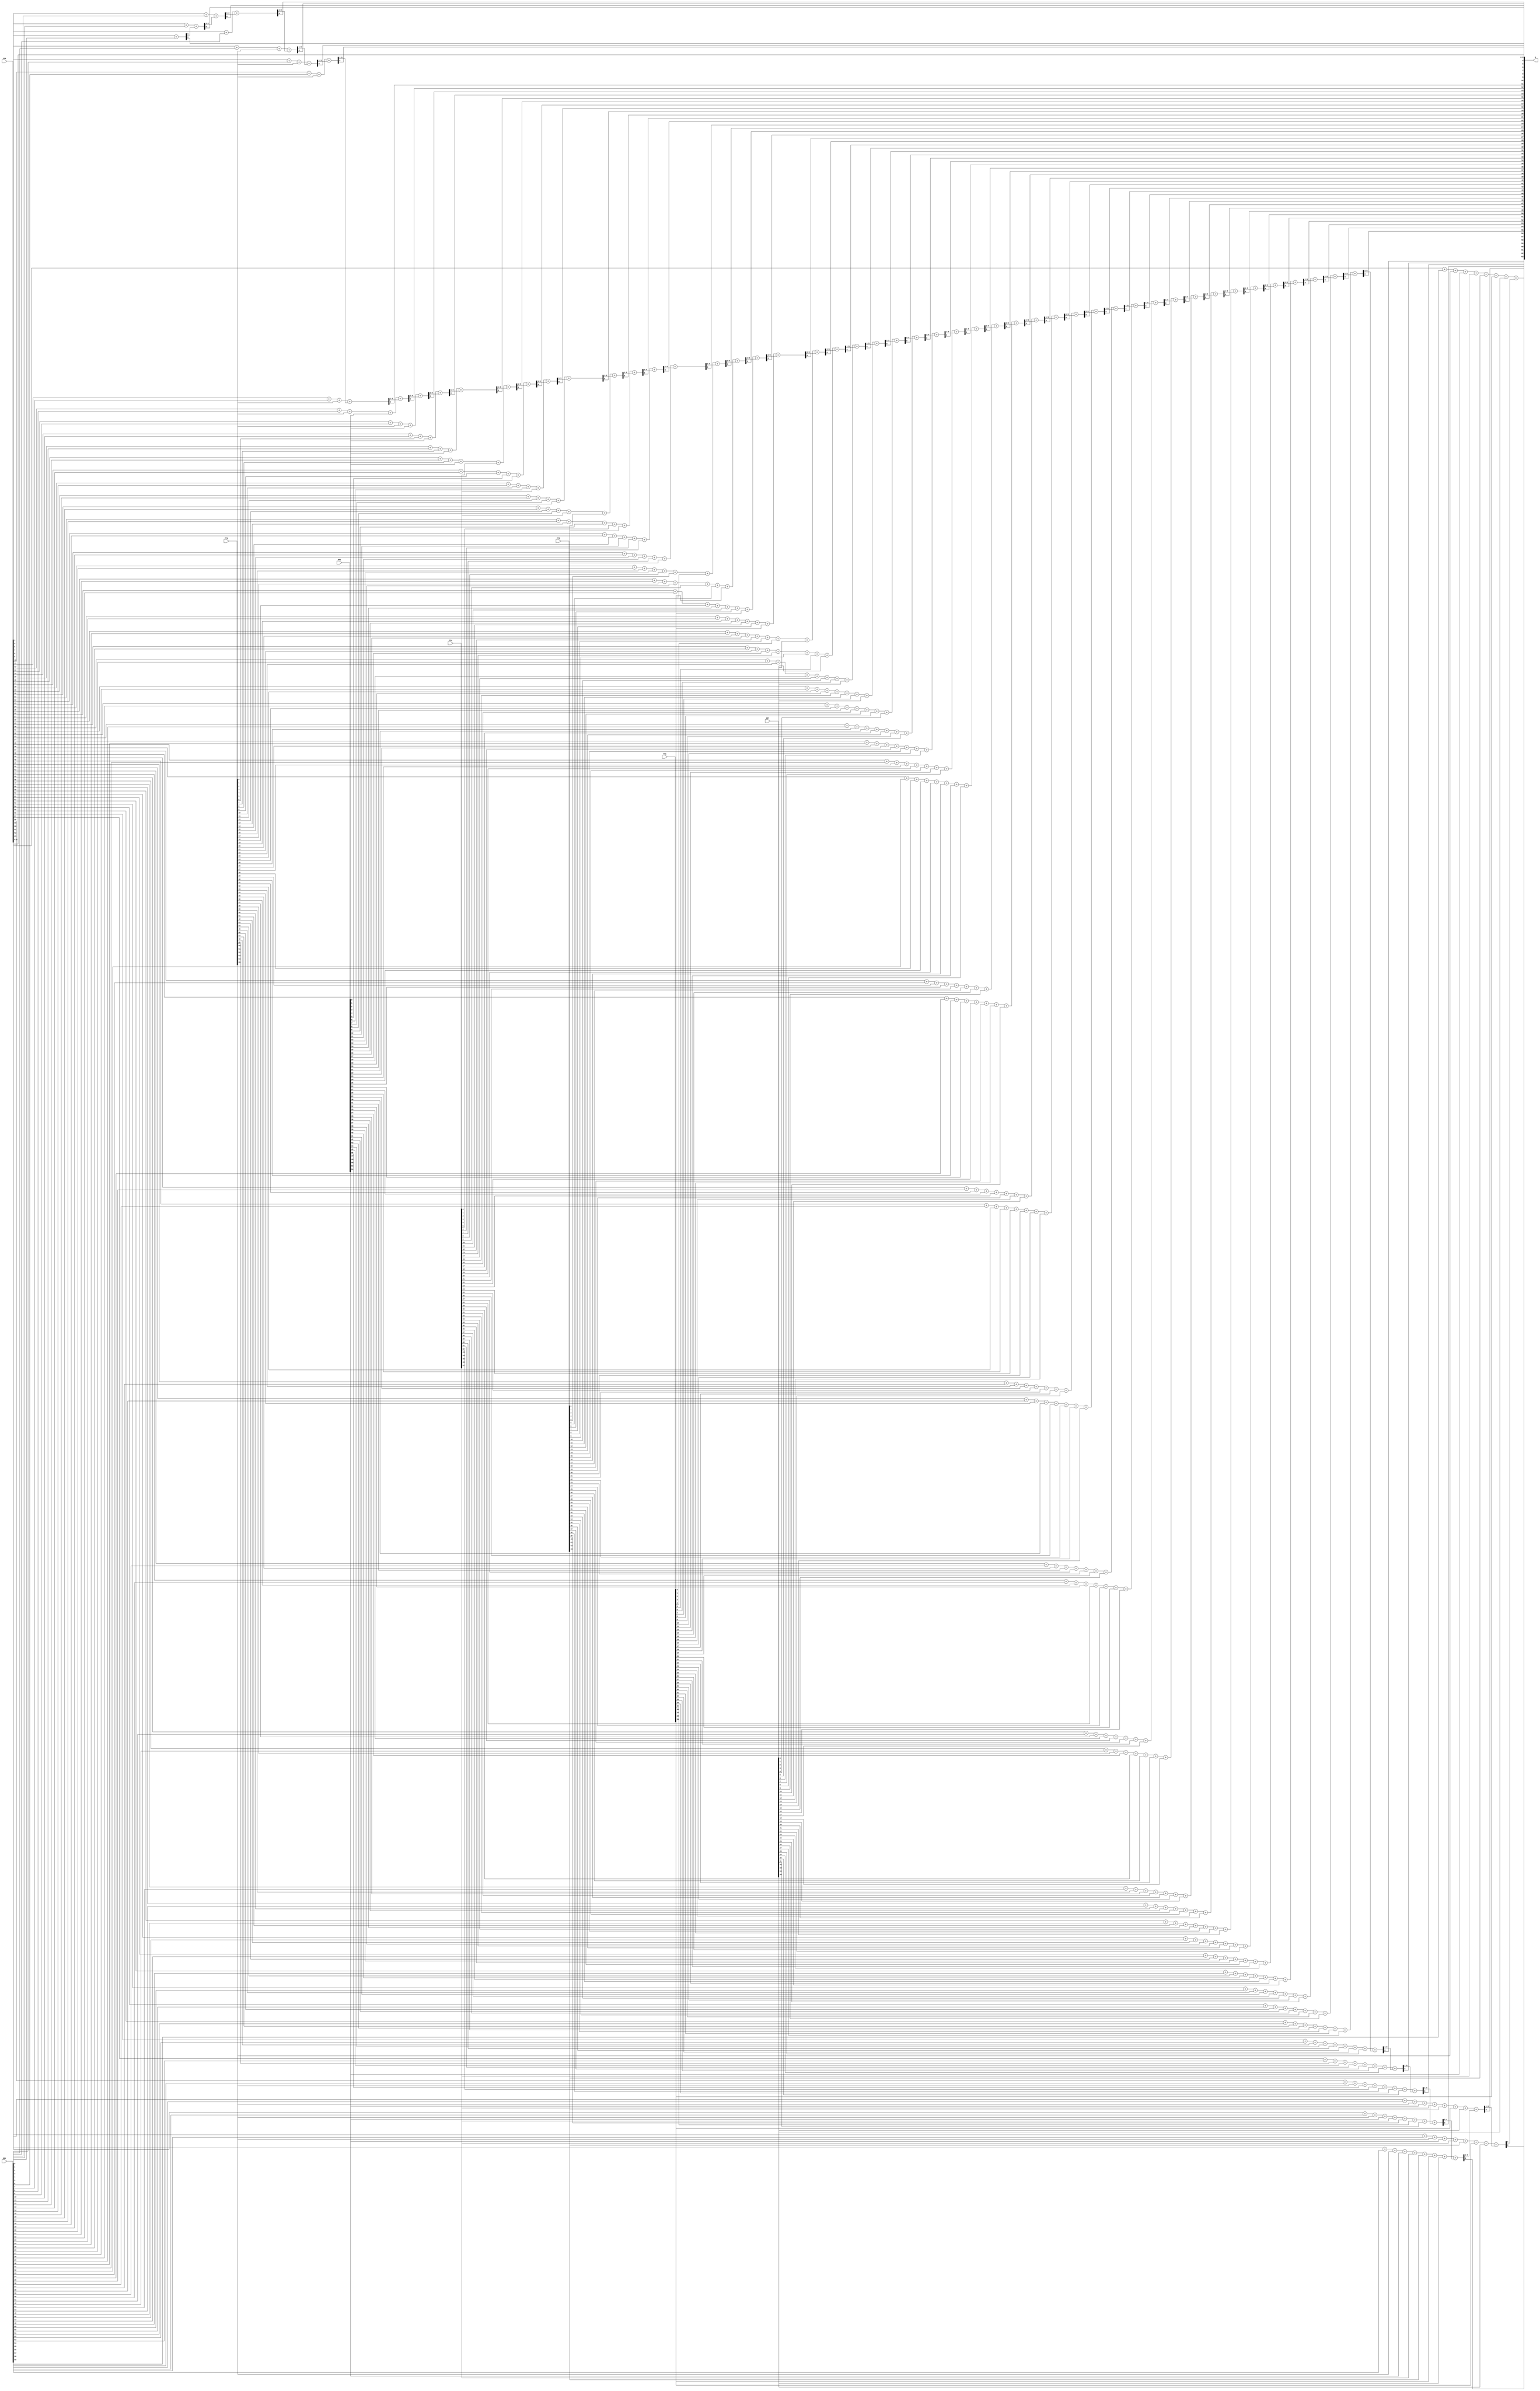
module Main_Adder_Tree(PP0,PP1,PP2,PP3,PP4,PP5,PP6,PP7,P);
  input [63:0]PP0;
  input [63:0]PP1; 
  input [63:0]PP2;  
  input [63:0]PP3;  
  input [63:0]PP4;    
  input [63:0]PP5;    
  input [63:0]PP6;    
  input [63:0]PP7;    
  
  output [63:0]P;
  
  wire [4:0]W4,W5,W6,W7,W8,W9,W10,W11,W12,W13,W14,W15,W16,W17,W18,W19,W20,W21,W22,W23,W24,W25,W26,W27,W28,W29,W30,W31,W32,W33,W34,W35,W36,W37,W38,W39,W40,W41,W42,W43,W44,W45,W46,W47,W48,W49,W50,W51,W52,W53,W54,W55,W56,W57,W58,W59,W60,W61,W62;
  
       assign P[0]=PP0[0];
       assign P[1]=PP0[1];
       assign P[2]=PP0[2];
       assign P[3]=PP0[3];  
  assign {W4,P[4]}=PP0[4]+PP1[0];
  assign {W5,P[5]}=PP0[5]+PP1[1]+W4;
  assign {W6,P[6]}=PP0[6]+PP1[2]+W5;
  assign {W7,P[7]}=PP0[7]+PP1[3]+W6;        
  assign {W8,P[8]}=PP0[8]+PP1[4]+PP2[0]+W7;        
  assign {W9,P[9]}=PP0[9]+PP1[5]+PP2[1]+W8;        
assign {W10,P[10]}=PP0[10]+PP1[6]+PP2[2]+W9;        
assign {W11,P[11]}=PP0[11]+PP1[7]+PP2[3]+W10;        
assign {W12,P[12]}=PP0[12]+PP1[8]+PP2[4]+PP3[0]+W11;        
assign {W13,P[13]}=PP0[13]+PP1[9]+PP2[5]+PP3[1]+W12;         
assign {W14,P[14]}=PP0[14]+PP1[10]+PP2[6]+PP3[2]+W13;         
assign {W15,P[15]}=PP0[15]+PP1[11]+PP2[7]+PP3[3]+W14;         
assign {W16,P[16]}=PP0[16]+PP1[12]+PP2[8]+PP3[4]+PP4[0]+W15;         
assign {W17,P[17]}=PP0[17]+PP1[13]+PP2[9]+PP3[5]+PP4[1]+W16;         
assign {W18,P[18]}=PP0[18]+PP1[14]+PP2[10]+PP3[6]+PP4[2]+W17;           
assign {W19,P[19]}=PP0[19]+PP1[15]+PP2[11]+PP3[7]+PP4[3]+W18;           
assign {W20,P[20]}=PP0[20]+PP1[16]+PP2[12]+PP3[8]+PP4[4]+PP5[0]+W19;             
assign {W21,P[21]}=PP0[21]+PP1[17]+PP2[13]+PP3[9]+PP4[5]+PP5[1]+W20;             
assign {W22,P[22]}=PP0[22]+PP1[18]+PP2[14]+PP3[10]+PP4[6]+PP5[2]+W21;               
assign {W23,P[23]}=PP0[23]+PP1[19]+PP2[15]+PP3[11]+PP4[7]+PP5[3]+W22;               
assign {W24,P[24]}=PP0[24]+PP1[20]+PP2[16]+PP3[12]+PP4[8]+PP5[4]+PP6[0]+W23;               
assign {W25,P[25]}=PP0[25]+PP1[21]+PP2[17]+PP3[13]+PP4[9]+PP5[5]+PP6[1]+W24;                 
assign {W26,P[26]}=PP0[26]+PP1[22]+PP2[18]+PP3[14]+PP4[10]+PP5[6]+PP6[2]+W25;                 
assign {W27,P[27]}=PP0[27]+PP1[23]+PP2[19]+PP3[15]+PP4[11]+PP5[7]+PP6[3]+W26;                   
assign {W28,P[28]}=PP0[28]+PP1[24]+PP2[20]+PP3[16]+PP4[12]+PP5[8]+PP6[4]+PP7[0]+W27;                   
assign {W29,P[29]}=PP0[29]+PP1[25]+PP2[21]+PP3[17]+PP4[13]+PP5[9]+PP6[5]+PP7[1]+W28;                   
assign {W30,P[30]}=PP0[30]+PP1[26]+PP2[22]+PP3[18]+PP4[14]+PP5[10]+PP6[6]+PP7[2]+W29;                   
assign {W31,P[31]}=PP0[31]+PP1[27]+PP2[23]+PP3[19]+PP4[15]+PP5[11]+PP6[7]+PP7[3]+W30;                   
assign {W32,P[32]}=PP0[32]+PP1[28]+PP2[24]+PP3[20]+PP4[16]+PP5[12]+PP6[8]+PP7[4]+W31;                   
assign {W33,P[33]}=PP0[33]+PP1[29]+PP2[25]+PP3[21]+PP4[17]+PP5[13]+PP6[9]+PP7[5]+W32;                   
assign {W34,P[34]}=PP0[34]+PP1[30]+PP2[26]+PP3[22]+PP4[18]+PP5[14]+PP6[10]+PP7[6]+W33;                   
assign {W35,P[35]}=PP0[35]+PP1[31]+PP2[27]+PP3[23]+PP4[19]+PP5[15]+PP6[11]+PP7[7]+W34;                   
assign {W36,P[36]}=PP0[36]+PP1[32]+PP2[28]+PP3[24]+PP4[20]+PP5[16]+PP6[12]+PP7[8]+W35;                   
assign {W37,P[37]}=PP0[37]+PP1[33]+PP2[29]+PP3[25]+PP4[21]+PP5[17]+PP6[13]+PP7[9]+W36;                   
assign {W38,P[38]}=PP0[38]+PP1[34]+PP2[30]+PP3[26]+PP4[22]+PP5[18]+PP6[14]+PP7[10]+W37;                   
assign {W39,P[39]}=PP0[39]+PP1[35]+PP2[31]+PP3[27]+PP4[23]+PP5[19]+PP6[15]+PP7[11]+W38;                   
assign {W40,P[40]}=PP0[40]+PP1[36]+PP2[32]+PP3[28]+PP4[24]+PP5[20]+PP6[16]+PP7[12]+W39;                   
assign {W41,P[41]}=PP0[41]+PP1[37]+PP2[33]+PP3[29]+PP4[25]+PP5[21]+PP6[17]+PP7[13]+W40;                   
assign {W42,P[42]}=PP0[42]+PP1[38]+PP2[34]+PP3[30]+PP4[26]+PP5[22]+PP6[18]+PP7[14]+W41;                   
assign {W43,P[43]}=PP0[43]+PP1[39]+PP2[35]+PP3[31]+PP4[27]+PP5[23]+PP6[19]+PP7[15]+W42;                   
assign {W44,P[44]}=PP0[44]+PP1[40]+PP2[36]+PP3[32]+PP4[28]+PP5[24]+PP6[20]+PP7[16]+W43;                   
assign {W45,P[45]}=PP0[45]+PP1[41]+PP2[37]+PP3[33]+PP4[29]+PP5[25]+PP6[21]+PP7[17]+W44;                   
assign {W46,P[46]}=PP0[46]+PP1[42]+PP2[38]+PP3[34]+PP4[30]+PP5[26]+PP6[22]+PP7[18]+W45;                   
assign {W47,P[47]}=PP0[47]+PP1[43]+PP2[39]+PP3[35]+PP4[31]+PP5[27]+PP6[23]+PP7[19]+W46;                   
assign {W48,P[48]}=PP0[48]+PP1[44]+PP2[40]+PP3[36]+PP4[32]+PP5[28]+PP6[24]+PP7[20]+W47;                   
assign {W49,P[49]}=PP0[49]+PP1[45]+PP2[41]+PP3[37]+PP4[33]+PP5[29]+PP6[25]+PP7[21]+W48;                   
assign {W50,P[50]}=PP0[50]+PP1[46]+PP2[42]+PP3[38]+PP4[34]+PP5[30]+PP6[26]+PP7[22]+W49;                   
assign {W51,P[51]}=PP0[51]+PP1[47]+PP2[43]+PP3[39]+PP4[35]+PP5[31]+PP6[27]+PP7[23]+W50;                   
assign {W52,P[52]}=PP0[52]+PP1[48]+PP2[44]+PP3[40]+PP4[36]+PP5[32]+PP6[28]+PP7[24]+W51;                   
assign {W53,P[53]}=PP0[53]+PP1[49]+PP2[45]+PP3[41]+PP4[37]+PP5[33]+PP6[29]+PP7[25]+W52;                   
assign {W54,P[54]}=PP0[54]+PP1[50]+PP2[46]+PP3[42]+PP4[38]+PP5[34]+PP6[30]+PP7[26]+W53;                   
assign {W55,P[55]}=PP0[55]+PP1[51]+PP2[47]+PP3[43]+PP4[39]+PP5[35]+PP6[31]+PP7[27]+W54;                   
assign {W56,P[56]}=PP0[56]+PP1[52]+PP2[48]+PP3[44]+PP4[40]+PP5[36]+PP6[32]+PP7[28]+W55;                   
assign {W57,P[57]}=PP0[57]+PP1[53]+PP2[49]+PP3[45]+PP4[41]+PP5[37]+PP6[33]+PP7[29]+W56;                   
assign {W58,P[58]}=PP0[58]+PP1[54]+PP2[50]+PP3[46]+PP4[42]+PP5[38]+PP6[34]+PP7[30]+W57;                   
assign {W59,P[59]}=PP0[59]+PP1[55]+PP2[51]+PP3[47]+PP4[43]+PP5[39]+PP6[35]+PP7[31]+W58;                   
assign {W60,P[60]}=PP0[60]+PP1[56]+PP2[52]+PP3[48]+PP4[44]+PP5[40]+PP6[36]+PP7[32]+W59;                   
assign {W61,P[61]}=PP0[61]+PP1[57]+PP2[53]+PP3[49]+PP4[45]+PP5[41]+PP6[37]+PP7[33]+W60;                   
assign {W62,P[62]}=PP0[62]+PP1[58]+PP2[54]+PP3[50]+PP4[46]+PP5[42]+PP6[38]+PP7[34]+W61;                   
assign {W63,P[63]}=PP0[63]+PP1[59]+PP2[55]+PP3[51]+PP4[47]+PP5[43]+PP6[39]+PP7[35]+W62;                   


endmodule